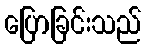
ပြောခြင်းသည်